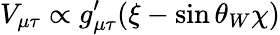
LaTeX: V_{\mu\tau}\propto g_{\mu\tau}^{\prime}(\xi-\sin\theta_{W}\chi)